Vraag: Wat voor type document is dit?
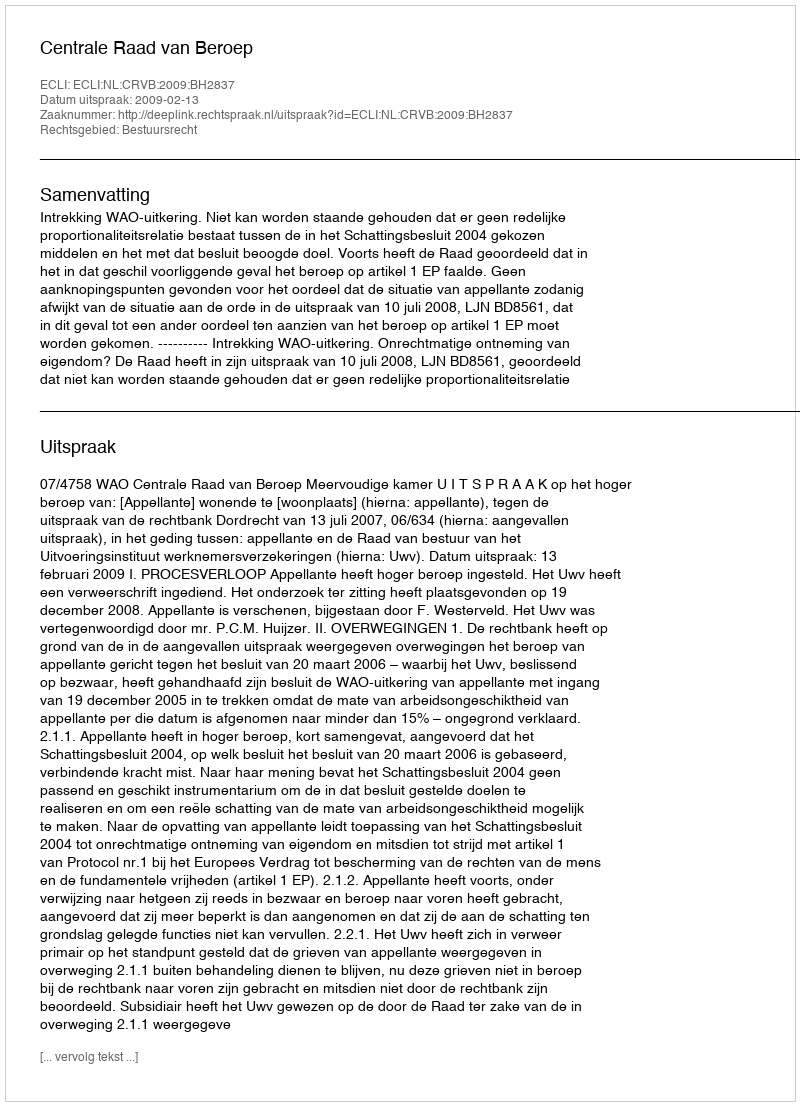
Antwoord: Uitspraak